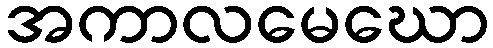
အကာလမေဃော